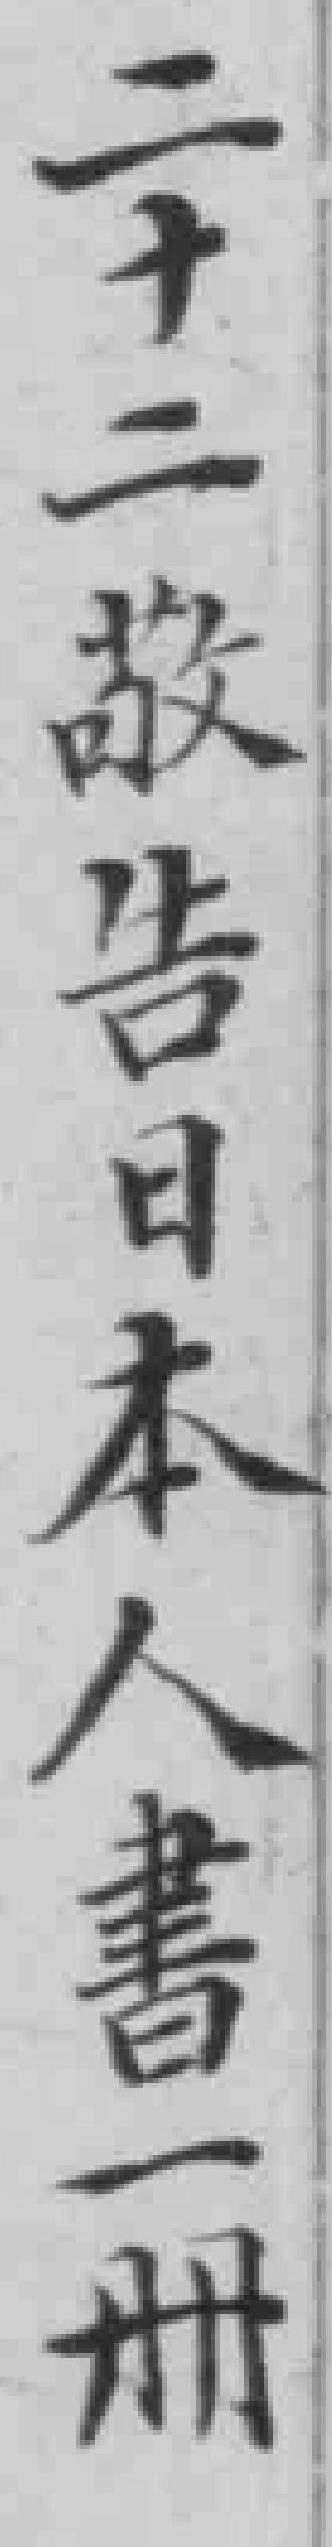
二十二敬告日本人書一冊